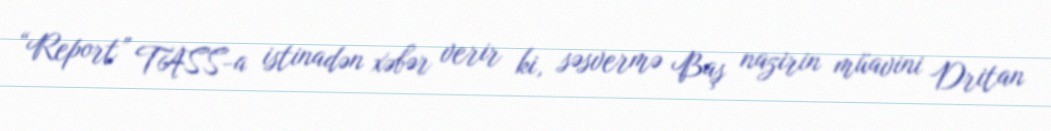
“Report” TASS-a istinadən xəbər verir ki, səsvermə Baş nazirin müavini Dritan